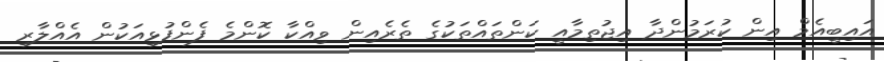
އައިބީއެމް އިން ކުރަމުންދާ އިޖުތިމާއީ ކަންތައްތަކުގެ ތެރެއިން ވިއްކާ ކޮންމެ ފެންފުޅިއަކުން އެއްލާރި